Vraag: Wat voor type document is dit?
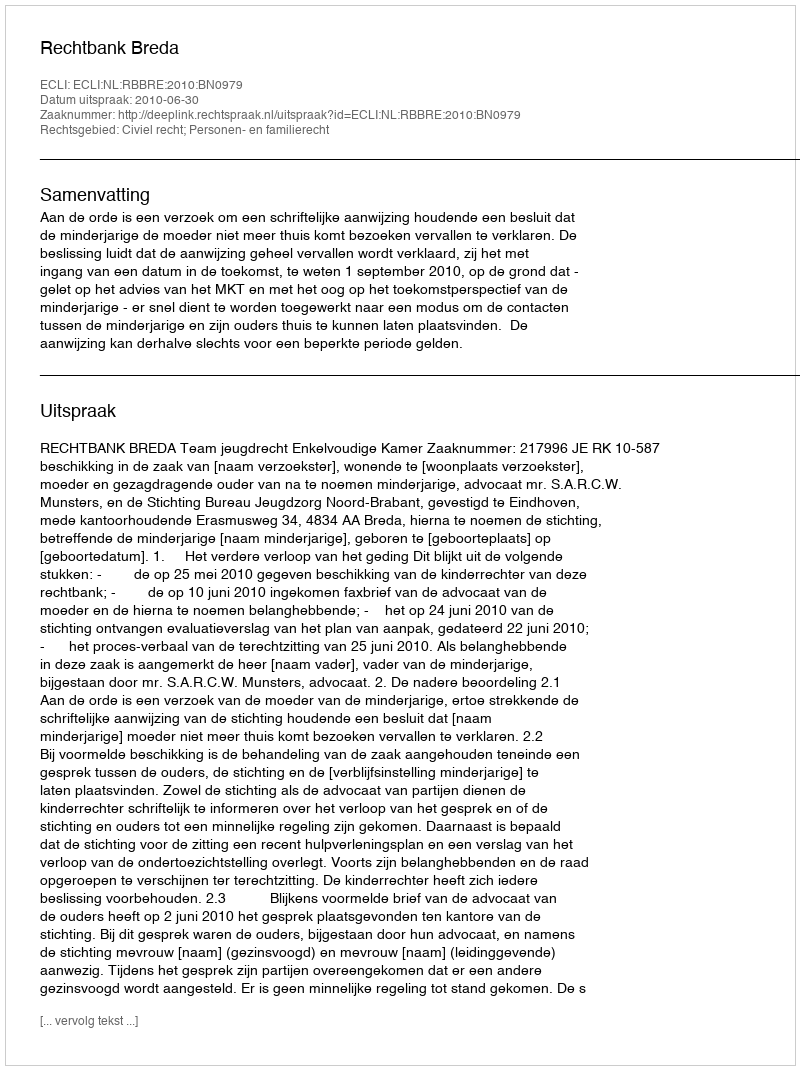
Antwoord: Uitspraak